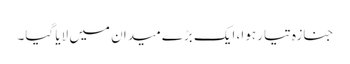
جنازہ تیار ہوا، ایک بڑے میدان میں لایا گیا۔